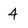
Character: 4